Civil Veterinary Department Bengal reports 1923-33 - 1923-1933
Year: 1923
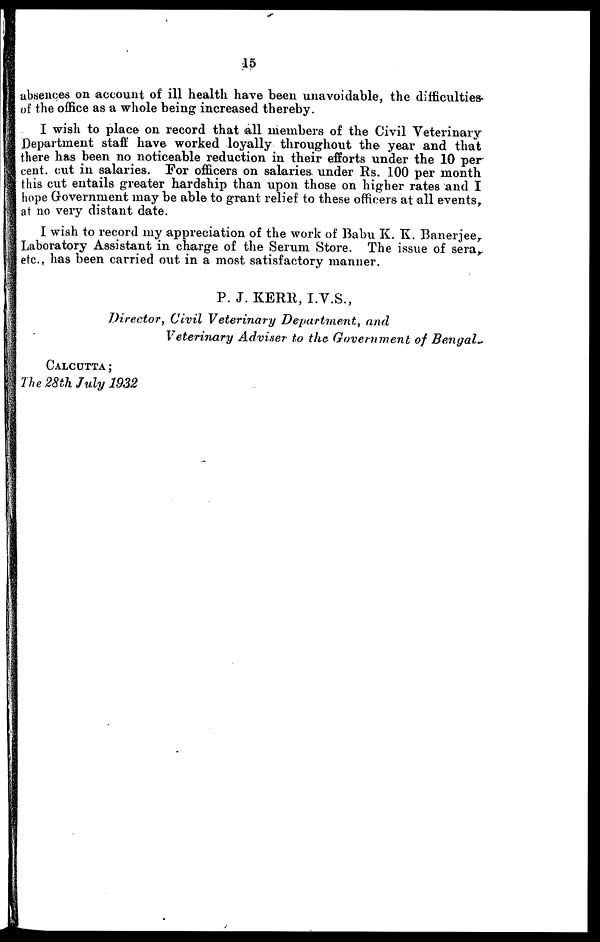
15
absences on account of ill health have been unavoidable, the difficulties-
of the office as a whole being increased thereby.
I wish to place on record that all members of the Civil Veterinary
Department staff have worked loyally throughout the year and that
there has been no noticeable reduction in their efforts under the 10 per
cent. cut in salaries. For officers on salaries under Rs. 100 per month
this cut entails greater hardship than upon those on higher rates and I
hope Government may be able to grant relief to these officers at all events,
at no very distant date.
I wish to record my appreciation of the work of Babu K. K. Banerjee,
Laboratory Assistant in charge of the Serum Store. The issue of sera,
etc., has been carried out in a most satisfactory manner.
P. J. KERR, I.V.S.,
Director, Civil Veterinary Department, and
Veterinary Adviser to the Government of Bengal.
Calcutta;
The 28th July 1932